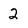
Character: 2